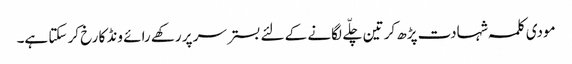
مودی کلمہ شہادت پڑھ کر تین چلّے لگانے کے لئے بستر سر پر رکھے رائے ونڈ کا رخ کر سکتا ہے۔